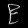
Digit: ၉